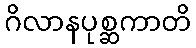
ဂိလာနပုစ္ဆကာတိ